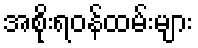
အစိုးရဝန်ထမ်းများ